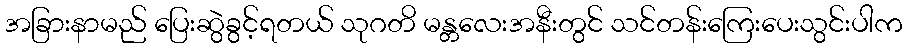
အခြားနာမည် ပြေးဆွဲခွင့်ရတယ် သုဂတိ မန္တလေးအနီးတွင် သင်တန်းကြေးပေးသွင်းပါက